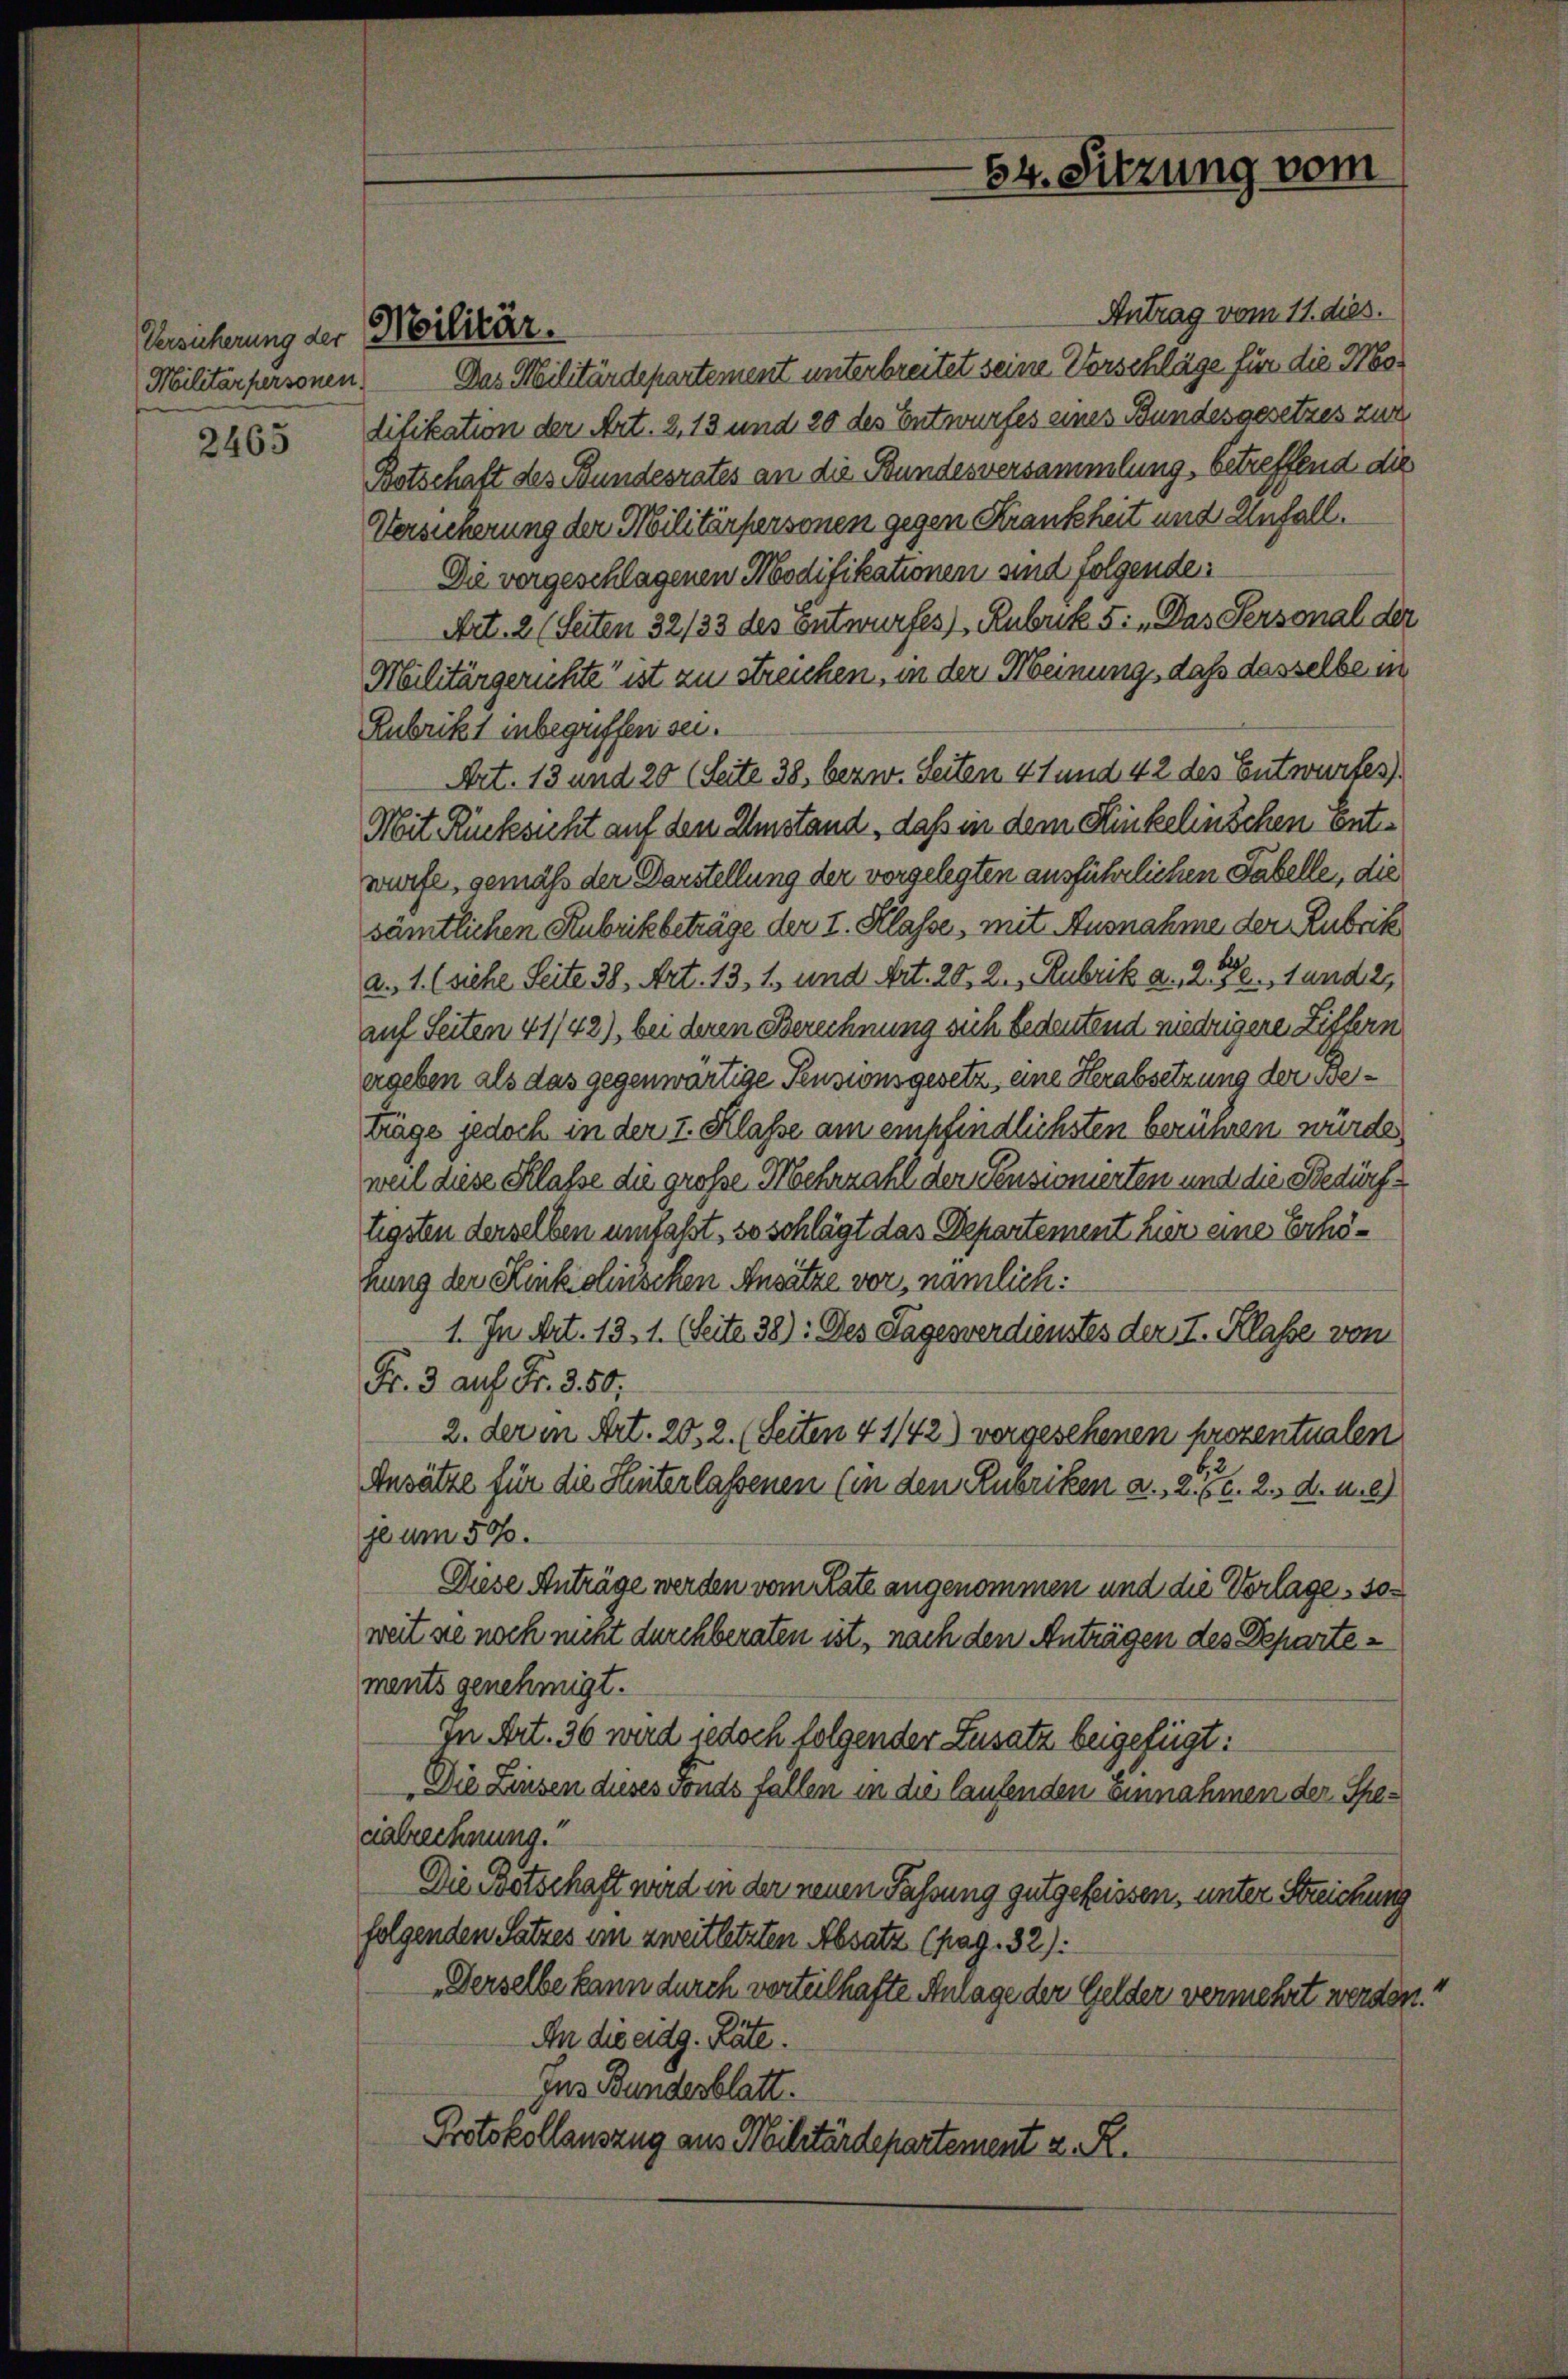
Versicherung der Militär¬
Militärpersonen.

2465

Antrag vom 11. dies.
Das Militärdepartement unterbreitet seine Vorschläge für die Modifikation der Art. 2, 13 und 20 des Entwurfes eines Bundesgesetzes zur
Botschaft des Bundesrates an die Bundesversammlung, betreffend die
Versicherung der Militärpersonen gegen Krankheit und Unfall.
Die vorgeschlagenen Modifikationen sind folgende:
Art. 2 (Seiten 32/33 des Entwurfes), Rubrik 5: „Das Personal der
Militärgerichte ist zu streichen, in der Meinung, daß dasselbe in
Zubrikt inbegriffen sei.
Art. 13 und 20 (Seite 38. bezw. Seiten 41 und 42 des Entwurfes)
Mit Rücksicht auf den Umstand, daß in dem Kinkelinschen Entwürfe, gemäß der Darstellung der vorgelegten ausführlichen Fabelle, die
sämtlichen Rubrikbeträge der I. Klasse, mit Ausnahme der Rubrik
a. 1. (siehe Seite 38, Art. 13, 1. und Art. 20, 2., Rubrik a. 256. 1 und 21
auf Seiten 41/42), bei deren Berechnung sich bedeutend niedrigere Ziffern
ergeben als das gegenwärtige Pensionsgesetz, eine Herabsetzung der Beträge jedoch in der I. Klasse am empfindlichsten berühren würde,
weil diese Klasse die große Mehrzahl der Pensionierten und die Bedürftigsten derselben umfaßt, so schlägt das Departement hier eine Erhöhung der Kinkiolinschen Ansätze vor, nämlich:
1. In Art. 13. 1. (Seite 38): Des Tagesverdienstes der I. Klasse vom
Fr. 3 auf Fr. 350.
2. der in Art. 20.2. (Seiten 4 1/42) vorgesehenen prozentualen
Ansätze für die Hinterlassenen (in den Rubriken a., 2. Fr. 2. d. 116)
ge um 50.
Diese Anträge werden vom Rate angenommen und die Vorlage, soweit sie noch nicht durchberaten ist, nach den Anträgen des Departements genehmigt.
in Art. 36 wird jedoch folgender Zusatz beigefügt:
Die Zinsen dieses Fonds fallen in die laufenden Einnahmen der Specalrechnung.
Die Botschaft wird in der neuen Fassung gutgeheissen, unter Streichung
folgenden Satzes im zweit letzten Absatz (pag. 32):
Derselbe kann durch vorteilhafte Anlage der Gelder vermehrt werden.
An die eidg. Räte.
Ins Bundesblatt.
Protokollauszug aus Militärdepartement v. R.

34. Sitzung vom